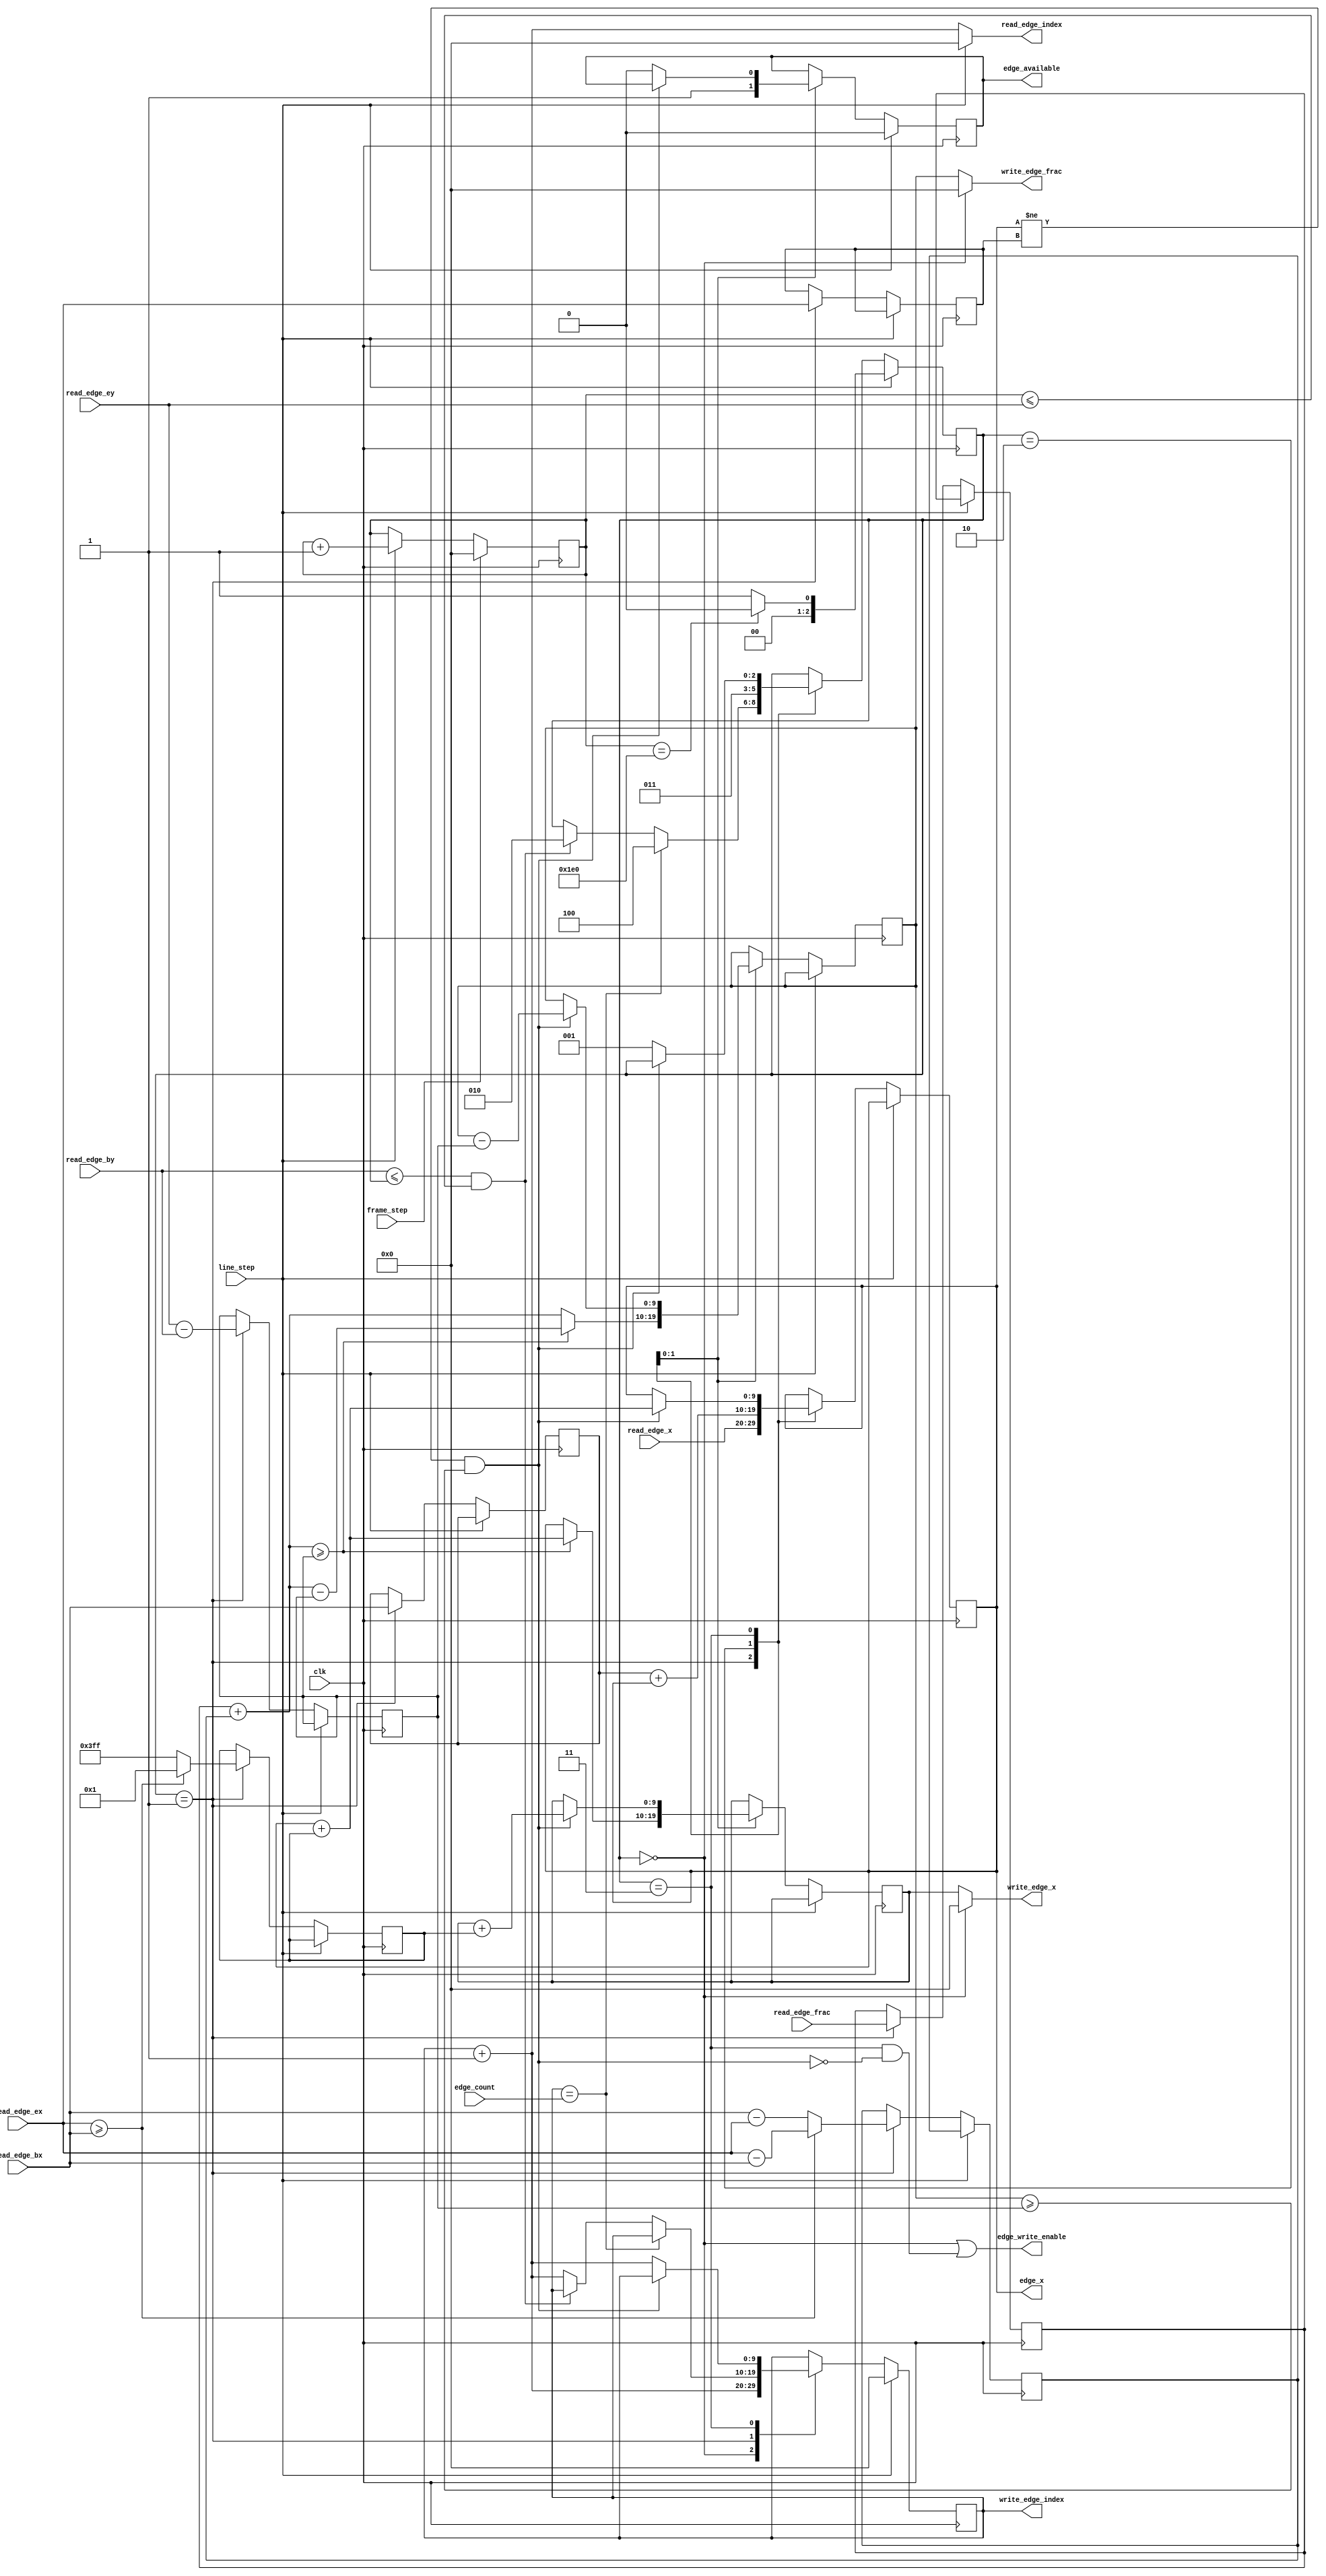
/*

Copyright (c) 2018, Matt Kimball
All rights reserved.

Redistribution and use in source and binary forms, with or without
modification, are permitted provided that the following conditions are met:

1. Redistributions of source code must retain the above copyright notice, this
   list of conditions and the following disclaimer.
2. Redistributions in binary form must reproduce the above copyright notice,
   this list of conditions and the following disclaimer in the documentation
   and/or other materials provided with the distribution.

THIS SOFTWARE IS PROVIDED BY THE COPYRIGHT HOLDERS AND CONTRIBUTORS "AS IS" AND
ANY EXPRESS OR IMPLIED WARRANTIES, INCLUDING, BUT NOT LIMITED TO, THE IMPLIED
WARRANTIES OF MERCHANTABILITY AND FITNESS FOR A PARTICULAR PURPOSE ARE
DISCLAIMED. IN NO EVENT SHALL THE COPYRIGHT OWNER OR CONTRIBUTORS BE LIABLE FOR
ANY DIRECT, INDIRECT, INCIDENTAL, SPECIAL, EXEMPLARY, OR CONSEQUENTIAL DAMAGES
(INCLUDING, BUT NOT LIMITED TO, PROCUREMENT OF SUBSTITUTE GOODS OR SERVICES;
LOSS OF USE, DATA, OR PROFITS; OR BUSINESS INTERRUPTION) HOWEVER CAUSED AND
ON ANY THEORY OF LIABILITY, WHETHER IN CONTRACT, STRICT LIABILITY, OR TORT
(INCLUDING NEGLIGENCE OR OTHERWISE) ARISING IN ANY WAY OUT OF THE USE OF THIS
SOFTWARE, EVEN IF ADVISED OF THE POSSIBILITY OF SUCH DAMAGE.

The views and conclusions contained in the software and documentation are those
of the authors and should not be interpreted as representing official policies,
either expressed or implied, of the ToyGPU project.

*/


/*  The Edge Stepper will be in one of the following stages:  */

/*  Clearing the scratch memory between frames  */
`define EDGE_STEP_RESET 0

/*  Setup registers for drawing a particular edge  */
`define EDGE_STEP_SETUP 1

/*  The first draw cycle this scanline for an edge  */
`define EDGE_STEP_DRAW 2 

/*  Carryover, for multiple pixels on this scanline per edge  */
`define EDGE_STEP_CARRY 3

/*  Done with all edges for this scanline  */
`define EDGE_STEP_DONE 4


/*
    Draws model edges  (i.e. lines on screen)

    When a pixel is being draw, edge_available will be high
    and edge_x will be the coordinate of the pixel on the current
    scanline.
*/
module EdgeStepper #(
    parameter integer reset_scanline = 480
) (
    input clk,

    input frame_step,
    input line_step,

    output edge_available,
    output [9:0] edge_x,

    input [10:0] edge_count,
    output [9:0] read_edge_index,
    input [9:0] read_edge_bx,
    input [9:0] read_edge_by,
    input [9:0] read_edge_ex,
    input [9:0] read_edge_ey,
    input [9:0] read_edge_x,
    input [9:0] read_edge_frac,

    output edge_write_enable,
    output [9:0] write_edge_index,
    output [9:0] write_edge_x,
    output [9:0] write_edge_frac
);
    reg [9:0] scan_y;  /*  The y coordinate of the current scanline  */

    /*  Track the current scanline with external notifications */
    always @(posedge clk)
    begin
        if (frame_step)
        begin
            scan_y <= 0;
        end else if (line_step)
        begin
            scan_y <= scan_y + 1;
        end
    end

    /*  Our current state  */
    reg [2:0] stepper_state;

    /*  The index of the edge we are current processing  */
    reg [9:0] reg_edge_index;

    /*  Output for the current pixel draw  */
    reg reg_edge_available;
    reg [9:0] reg_edge_x;
    assign edge_available = reg_edge_available;
    assign edge_x = reg_edge_x;

    /*
        Endpoints (begin, end) for the current edge, along with a
        fractional (subpixel) coordinate value for the current
        fraction of a pixel between scanlines.
    */
    reg [9:0] reg_edge_bx;
    reg [9:0] reg_edge_by;
    reg [9:0] reg_edge_ex;
    reg [9:0] reg_edge_ey;
    reg [9:0] reg_edge_frac;  /*  0 <= edge_frac < dy  */ 

    /*
        Derived edge values:  edge delta, left/right direction, and
        fractional value to add for every horizontal pixel step.
    */
    reg [9:0] edge_dx;
    reg [9:0] edge_dy;
    reg [9:0] direction;
    reg [9:0] add_frac;

    /*
        The x offset and fractional value to write back when we
        are done with this edge of this scanline.
    */
    reg [9:0] carry_x;
    reg [9:0] carry_frac;

    /*  Is this edge moving rightward from one scanline to the next?  */
    wire dx_positive = (read_edge_ex >= read_edge_bx);

    /*  Is the current scaline between the begin and end of this edge?  */
    wire scan_y_in_edge = (read_edge_by <= scan_y)
            && (scan_y <= read_edge_ey);

    /*  Will the subpixel fraction overflow on the next scanline?  */
    wire frac_overflow = (reg_edge_frac + add_frac >= edge_dy);

    /*  
        If the subpixel fraction overflows, we will move horizontally
        for the next scanline.  Otherwise our horizontal position will
        remain the same.
    */
    wire [9:0] next_x = frac_overflow ? reg_edge_x + direction : reg_edge_x;

    /*
        If the subpixel fraction has overflowed, subtract the max
        fractional value (dy) because we've moved horizontally.
        In either case, add the fractional value for one vertical step.
    */
    wire [9:0] next_frac = frac_overflow ? reg_edge_frac + add_frac - edge_dy
        : reg_edge_frac + add_frac;

    /*
        Has the fractional value overflowed enough to need additional
        pixels (beyond the first) on this scanline?
    */
    wire carryover = (reg_edge_x != reg_edge_ex) && (carry_frac >= edge_dy);
    wire [9:0] remaining_frac = carry_frac - edge_dy;

    /*
        Unless we are starting a new scanline, be reading one edge ahead
        of the current edge we are processing.
    */
    assign read_edge_index = line_step ? 0 : reg_edge_index + 1;

    /*
        We only will write to the scratch space during reset or
        when we have completed our work for an edge on this scanline.
    */
    assign edge_write_enable = (stepper_state == `EDGE_STEP_RESET) 
        || (stepper_state == `EDGE_STEP_CARRY && !carryover);
    assign write_edge_index = reg_edge_index;
    assign write_edge_x = (stepper_state == `EDGE_STEP_RESET) ?
        0 : carry_x;
    assign write_edge_frac = (stepper_state == `EDGE_STEP_RESET) ?
        0 : carry_frac;


    always @(posedge clk)
    begin
        /*  When moving to a new line, reset to the start of the edge list  */
        if (line_step)
        begin
            reg_edge_index <= 0;
            reg_edge_available <= 0;

            if (scan_y == reset_scanline)
            begin
                stepper_state <= `EDGE_STEP_RESET;
            end else begin
                stepper_state <= `EDGE_STEP_SETUP;
            end
        end else begin
            case (stepper_state)
                /*  Clear the scratch values, moving through all edges  */
                `EDGE_STEP_RESET: begin
                    reg_edge_index <= reg_edge_index + 1;
                end

                /*
                    Store relevant information about this edge
                    in local registers, in preparation for drawing.
                */
                `EDGE_STEP_SETUP: begin
                    reg_edge_bx <= read_edge_bx;
                    reg_edge_by <= read_edge_by;
                    reg_edge_ex <= read_edge_ex;
                    reg_edge_ey <= read_edge_ey;
                    reg_edge_frac <= read_edge_frac;
                    reg_edge_x <= read_edge_x;
                    reg_edge_frac <= read_edge_frac;
                    edge_dx <= read_edge_ex - read_edge_bx;
                    edge_dy <= read_edge_ey - read_edge_by;

                    /*  Is this edge moving left or right?  */
                    direction <= dx_positive ? 1 : -1;

                    /*  The fractional value per step is abs(dx)  */
                    add_frac <= dx_positive ? read_edge_ex - read_edge_bx
                        : read_edge_bx - read_edge_ex;

                    if (reg_edge_index == edge_count) begin
                        /*  Check if we are done for this scanline  */
                        stepper_state <= `EDGE_STEP_DONE;
                    end else if (scan_y_in_edge) begin
                        /*  If this edge is active this scanline, draw  */
                        stepper_state <= `EDGE_STEP_DRAW;
                    end else begin
                        /*
                            This scanline is outside the edge range,
                            so move on to the next edge.
                        */
                        reg_edge_index <= reg_edge_index + 1;
                    end
                end

                /*  Draw the first pixel for this edge  */
                `EDGE_STEP_DRAW: begin

                    reg_edge_x <= reg_edge_bx + reg_edge_x;
                    carry_x <= next_x;
                    carry_frac <= next_frac;

                    reg_edge_available <= 1;

                    stepper_state <= `EDGE_STEP_CARRY;
                end

                /*
                    Check to see if we need additional pixels for
                    this edge on this scanline.
                */
                `EDGE_STEP_CARRY: begin
                    if (carryover)
                    begin
                        /*
                            If additional pixels are needed,
                            step horizontally and update the
                            fractional value to the remaining
                            fraction after the step.
                        */
                        reg_edge_x <= reg_edge_x + direction;
                        carry_x <= carry_x + direction;
                        carry_frac <= remaining_frac;
                    end else begin
                        /*
                            Otherwise, we are done with this edge,
                            so we will move to setup on the next
                            edge.
                        */
                        reg_edge_available <= 0;

                        reg_edge_index <= reg_edge_index + 1;
                        stepper_state <= `EDGE_STEP_SETUP;
                    end
                end
            endcase
        end
    end
endmodule